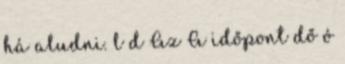
há aludni. l d Az A időpont dő ó